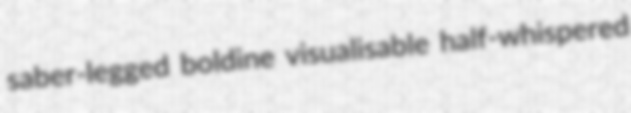
saber-legged boldine visualisable half-whispered